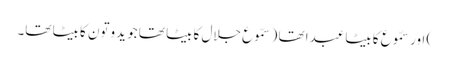
) اور سمّوع کا بیٹا عبدا تھا ( سمّوع جلال کا بیٹا تھا جو یدوتون کا بیٹا تھا۔